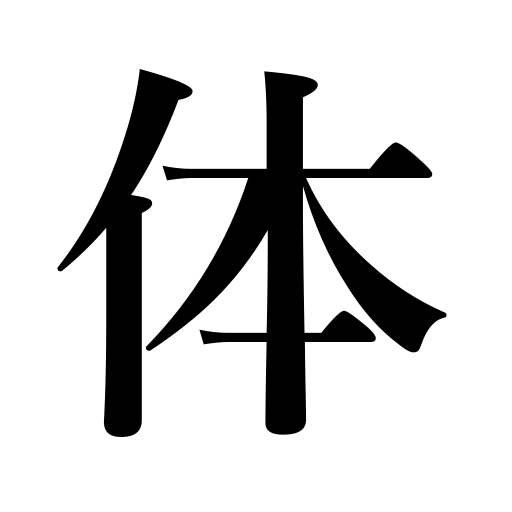
Meanings: form,health,object,style,air,body,substance,condition,state,the body,image counter,reality,appearance